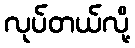
လုပ်တယ်လို့